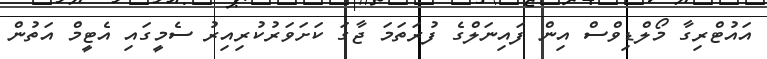
އައުޓްރިގާ މޯލްޑިވްސް އިން ފައިނަލްގެ ފުރަތަމަ ޖާގަ ކަށަވަރުކުރިއިރު ސެމީގައި އެޓީމް އަތުން